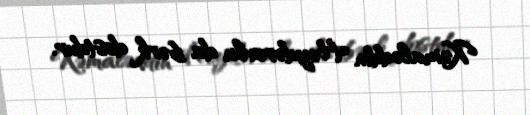
Kəmaləddin Heydərovla da bərk dostdur.